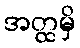
အတ္ထမှိ